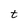
Character: t